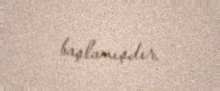
başlamışdır.